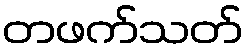
တဖက်သတ်